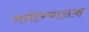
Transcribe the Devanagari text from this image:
मनोभ्यासक